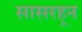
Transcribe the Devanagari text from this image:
सासरहून